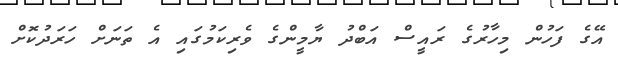
އޭގެ ފަހުން މިހާރުގެ ރައީސް އަބްދު ޔާމީންގެ ވެރިކަމުގައި އެ ތަނަށް ހަރަދުކޮށް